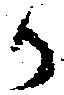
か